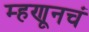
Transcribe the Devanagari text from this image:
म्हणूनचं